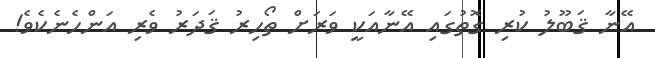
އޭނާ ޤަބޫލު ކުރި ގޮތުގައި އޭނާއަކީ ވަރަށް ތޯހިރު ޤަދަރު ވެރި އަންހެނެކެވެ!